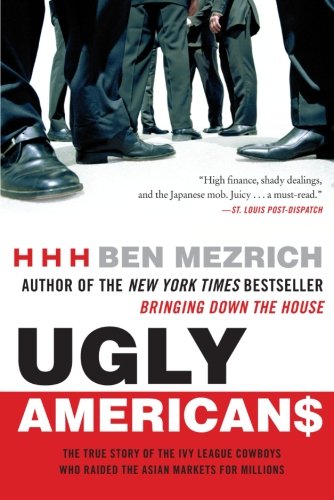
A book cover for Ugly Americans: The True Story of the Ivy League Cowboys Who Raided the Asian Markets for Millions; Ben Mezrich; Business & Money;